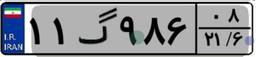
۸۹گ۲۷۳۳۳